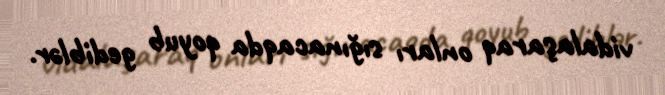
vidalaşaraq onları sığınacaqda qoyub gediblər.